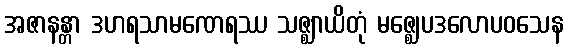
အဇာနန္တာ ဒဟရသာမဏေရဿ သဇ္ဈာယိတုံ မဇ္ဈေပဒလောပဝသေန